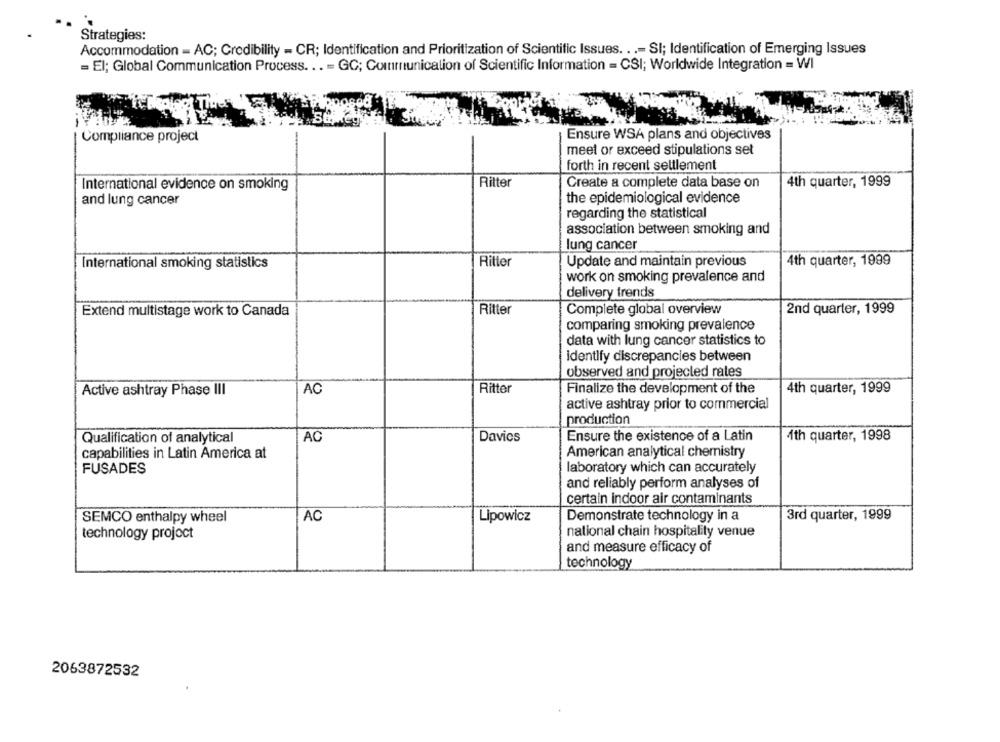
Strategies:
Accommodation - AC; Credibility - CR; Identification and Prioritization of Scientific Issues. ..- SI; Identification of Emerging Issues
= El; Global Communication Process ... = GC; Communication of Scientific Information = CSI; Worldwide Integration = WI
Compliance project
Ensure WSA plans and objectives
meet or exceed stipulations set
forth in recent settlement
Ritter
Create a complete data base on
4th quarter, 1999
International evidence on smoking
and lung cancer
the epidemiological evidence
regarding the statistical
association between smoking and
lung cancer
International smoking statistics
Ritter
Update and maintain previous
4th quarter, 1999
work on smoking prevalence and
delivery trends
Extend multistage work to Canada
Ritter
Complete global overview
2nd quarter, 1999
comparing smoking prevalence
data with lung cancer statistics to
identify discrepancies between
observed and projected rates
Active ashtray Phase III
AC
Ritter
Finalize the development of the
4th quarter, 1999
active ashtray prior to commercial
production
AC
Davies
Ensure the existence of a Latin
4th quarter, 1998
Qualification of analytical
capabilities in Latin America at
American analytical chemistry
FUSADES
laboratory which can accurately
and reliably perform analyses of
certain indoor air contaminants
SEMCO enthalpy wheel
AC
Lipowicz
Demonstrate technology in a
3rd quarter, 1999
national chain hospitality venue
technology project
and measure efficacy of
technology
2063872532